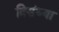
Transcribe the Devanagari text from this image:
त्रिसंध्या